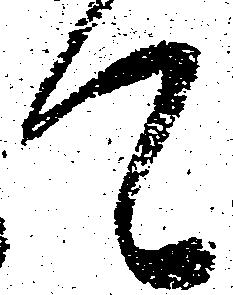
て